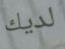
لديك